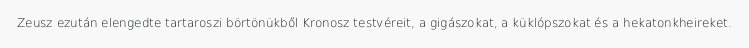
Zeusz ezután elengedte tartaroszi börtönükből Kronosz testvéreit, a gigászokat, a küklópszokat és a hekatonkheireket.